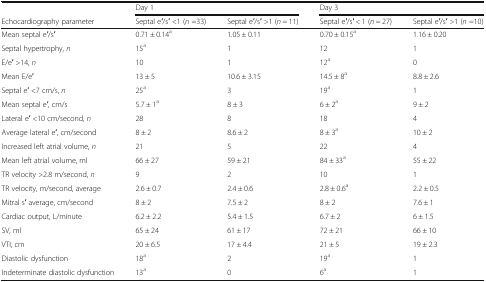
<table><thead><tr><td></td><td colspan="2"><b>Day 1</b></td><td colspan="2"><b>Day 3</b></td></tr><tr><td><b>Echocardiography parameter</b></td><td><b>Septal e′/s′ &lt;1 (<i>n</i> =33)</b></td><td><b>Septal e′/s′ &gt;1 (<i>n</i> = 11)</b></td><td><b>Septal e′/s′ &lt; 1 (<i>n</i> = 27)</b></td><td><b>Septal e′/s′ &gt;1 (<i>n</i> =10)</b></td></tr></thead><tbody><tr><td>Mean septal e′/s′</td><td>0.71 ± 0.14<sup>a</sup></td><td>1.05 ± 0.11</td><td>0.70 ± 0.15<sup>a</sup></td><td>1.16 ± 0.20</td></tr><tr><td>Septal hypertrophy, <i>n</i></td><td>15<sup>a</sup></td><td>1</td><td>12</td><td>1</td></tr><tr><td>E/e′ &gt;14, <i>n</i></td><td>10</td><td>1</td><td>12<sup>a</sup></td><td>0</td></tr><tr><td>Mean E/e′</td><td>13 ± 5</td><td>10.6 ± 3.15</td><td>14.5 ± 8<sup>a</sup></td><td>8.8 ± 2.6</td></tr><tr><td>Septal e′ &lt;7 cm/s, <i>n</i></td><td>25<sup>a</sup></td><td>3</td><td>19<sup>a</sup></td><td>1</td></tr><tr><td>Mean septal e′, cm/s</td><td>5.7 ± 1<sup>a</sup></td><td>8 ± 3</td><td>6 ± 2<sup>a</sup></td><td>9 ± 2</td></tr><tr><td>Lateral e′ &lt;10 cm/second, <i>n</i></td><td>28</td><td>8</td><td>18</td><td>4</td></tr><tr><td>Average lateral e′, cm/second</td><td>8 ± 2</td><td>8.6 ± 2</td><td>8 ± 3<sup>a</sup></td><td>10 ± 2</td></tr><tr><td>Increased left atrial volume, <i>n</i></td><td>21</td><td>5</td><td>22</td><td>4</td></tr><tr><td>Mean left atrial volume, ml</td><td>66 ± 27</td><td>59 ± 21</td><td>84 ± 33<sup>a</sup></td><td>55 ± 22</td></tr><tr><td>TR velocity &gt;2.8 m/second, <i>n</i></td><td>9</td><td>2</td><td>10</td><td>1</td></tr><tr><td>TR velocity, m/second, average</td><td>2.6 ± 0.7</td><td>2.4 ± 0.6</td><td>2.8 ± 0.6<sup>a</sup></td><td>2.2 ± 0.5</td></tr><tr><td>Mitral s′ average, cm/second</td><td>8 ± 2</td><td>7.5 ± 2</td><td>8 ± 2</td><td>7.6 ± 1</td></tr><tr><td>Cardiac output, L/minute</td><td>6.2 ± 2.2</td><td>5.4 ± 1.5</td><td>6.7 ± 2</td><td>6 ± 1.5</td></tr><tr><td>SV, ml</td><td>65 ± 24</td><td>61 ± 17</td><td>72 ± 21</td><td>66 ± 10</td></tr><tr><td>VTI, cm</td><td>20 ± 6.5</td><td>17 ± 4.4</td><td>21 ± 5</td><td>19 ± 2.3</td></tr><tr><td>Diastolic dysfunction</td><td>18<sup>a</sup></td><td>2</td><td>19<sup>a</sup></td><td>1</td></tr><tr><td>Indeterminate diastolic dysfunction</td><td>13<sup>a</sup></td><td>0</td><td>6<sup>a</sup></td><td>1</td></tr></tbody></table>